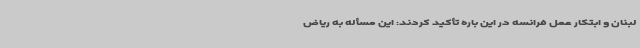
لبنان و ابتکار عمل فرانسه در این باره تأکید کردند: این مسأله به ریاض